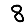
Digit: 8